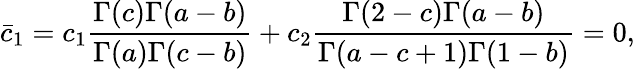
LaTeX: \bar{c}_{1}=c_{1}\frac{\Gamma(c)\Gamma(a-b)}{\Gamma(a)\Gamma(c-b)}+c_{2}\frac{\Gamma(2-c)\Gamma(a-b)}{\Gamma(a-c+1)\Gamma(1-b)}=0,